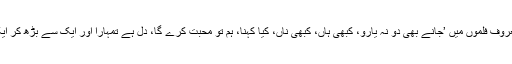
کندن شاہ کی سب سے معروف فلموں میں ’جانے بھی دو نہ یارو، کبھی ہاں، کبھی ناں، کیا کہنا، ہم تو محبت کرے گا، دل ہے تمہارا اور ایک سے بڑھ کر ایک جیسی فلمیں شامل ہیں۔